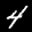
Label: 4